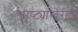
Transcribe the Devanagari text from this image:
सृष्ट्यांखेरीज